system: You are a helpful assistant.
user:
Analyze the provided spectrum to determine if it is a **S-type Star**.

- **Key Indicators for S-type Star:**

    - **(Overall Spectrum Shape):** The first and most obvious characteristic is the overall continuum (the "baseline" shape). It is **extremely "red-sloping,"** meaning the flux (light intensity) is very low on the left side (blue, ~4000-4500 Å) and rises steeply and continuously toward the right side (red, ~7000 Å+).

    - **(Primary):** The spectrum is defined by the presence of strong, broad molecular absorption "valleys" (bands) from **Zirconium Oxide (ZrO)**. The identification of these bands is the **primary requirement** for classifying a star as S-type.
        - **(Key Bandheads):** You must find distinct, deep "dips" where the light has been absorbed. The most critical band systems to locate are:
            - **~6474 Å** ($\gamma$-system): This is often the strongest and clearest ZrO feature, found in the red part of the spectrum.
            - **~5718 Å** & **~5551 Å** ($\beta$-system): A pair of prominent absorption features in the yellow-orange part of the spectrum.
            - **~4640 Å** ($\alpha$-system): A key absorption band system in the blue-green region of the spectrum.

    - **(Secondary Confirmation):** The classification is strengthened by finding additional absorption bands from other related heavy element oxides, which are expected to be present alongside ZrO.
        - **(Key Bandheads):**
            - **Yttrium Oxide (YO):** Look for absorption dips near **~4800 Å** and **~6100 Å**.
            - **Lanthanum Oxide (LaO):** Additional absorption features, particularly in the red-orange part of the spectrum, are also characteristic.

    - **(Line Profile):** The combination of the steep red continuum and these numerous, deep molecular bands (ZrO, YO, etc.) gives the entire spectrum a very **"chopped-up"** or **"bumpy"** appearance. Instead of a smooth curve, the spectrum looks as though large, wide chunks of light have been "carved out" of it at the specific wavelengths listed above.

Think first, call **spectral_visualization_tool** if needed to examine features in detail, then provide your final answer. Your response must adhere to the following strict rules:
1.  **Overall Structure:** Your response must follow the format `<think>...</think> <tool_call>...</tool_call> (if a tool is used) <answer>...</answer>`.
2.  **Tool Usage Constraint:** You may only make **one** tool call per turn.
3.  **Final Answer Format:** In the `<answer>` tag, your conclusion must be inside a `\boxed{}` command (e.g., `\boxed{YES}` or `\boxed{NO}`), followed by your justification.

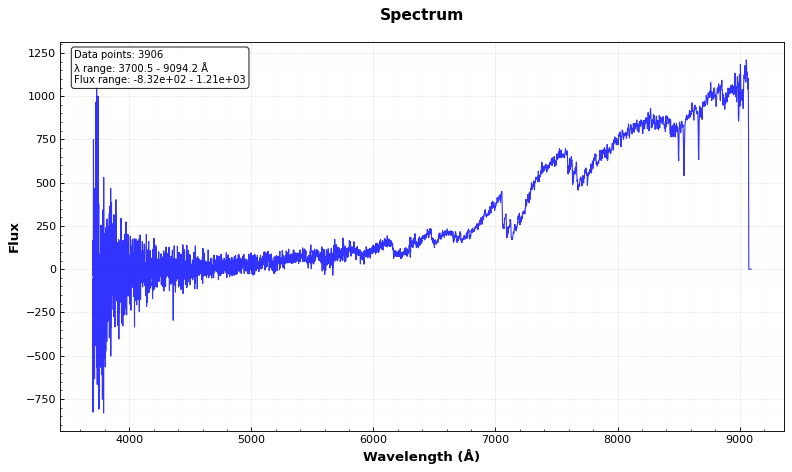
Answer: YES